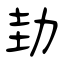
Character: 劸